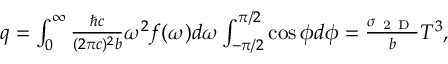
\begin{array} { r } { q = \int _ { 0 } ^ { \infty } \frac { \hbar c } { ( 2 \pi c ) ^ { 2 } b } \omega ^ { 2 } f ( \omega ) d \omega \int _ { - \pi / 2 } ^ { \pi / 2 } \cos { \phi } d \phi = \frac { \sigma _ { \mathrm { ~ 2 ~ D ~ } } } { b } T ^ { 3 } { , } } \end{array}